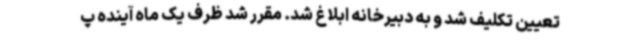
تعیین تکلیف شد و به دبیرخانه ابلاغ شد. مقرر شد ظرف یک ماه آینده پ